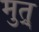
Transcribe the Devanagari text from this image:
मुत्र्